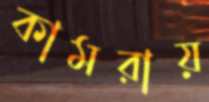
কামরায়